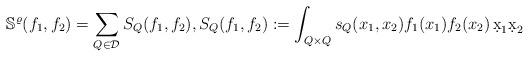
LaTeX: \begin{align*}\mathbb S^\varrho(f_1,f_2) = \sum_{Q \in \mathcal D} S_Q(f_1,f_2), S_Q(f_1,f_2):=\int_{Q\times Q} s_Q(x_1,x_2) f_1(x_1) {f_2(x_2)} \, \d x_1 \d x_2\end{align*}